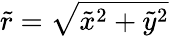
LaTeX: \tilde{r}=\sqrt{\tilde{x}^{2}+\tilde{y}^{2}}